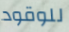
للوقود